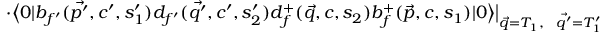
\cdot \big < 0 | b _ { f ^ { \prime } } ( \vec { p ^ { \prime } } , c ^ { \prime } , s _ { 1 } ^ { \prime } ) d _ { f ^ { \prime } } ( \vec { q ^ { \prime } } , c ^ { \prime } , s _ { 2 } ^ { \prime } ) d _ { f } ^ { + } ( \vec { q } , c , s _ { 2 } ) b _ { f } ^ { + } ( \vec { p } , c , s _ { 1 } ) | 0 \big > \big | _ { \vec { q } = T _ { 1 } , \ \ \vec { q ^ { \prime } } = T _ { 1 } ^ { \prime } }